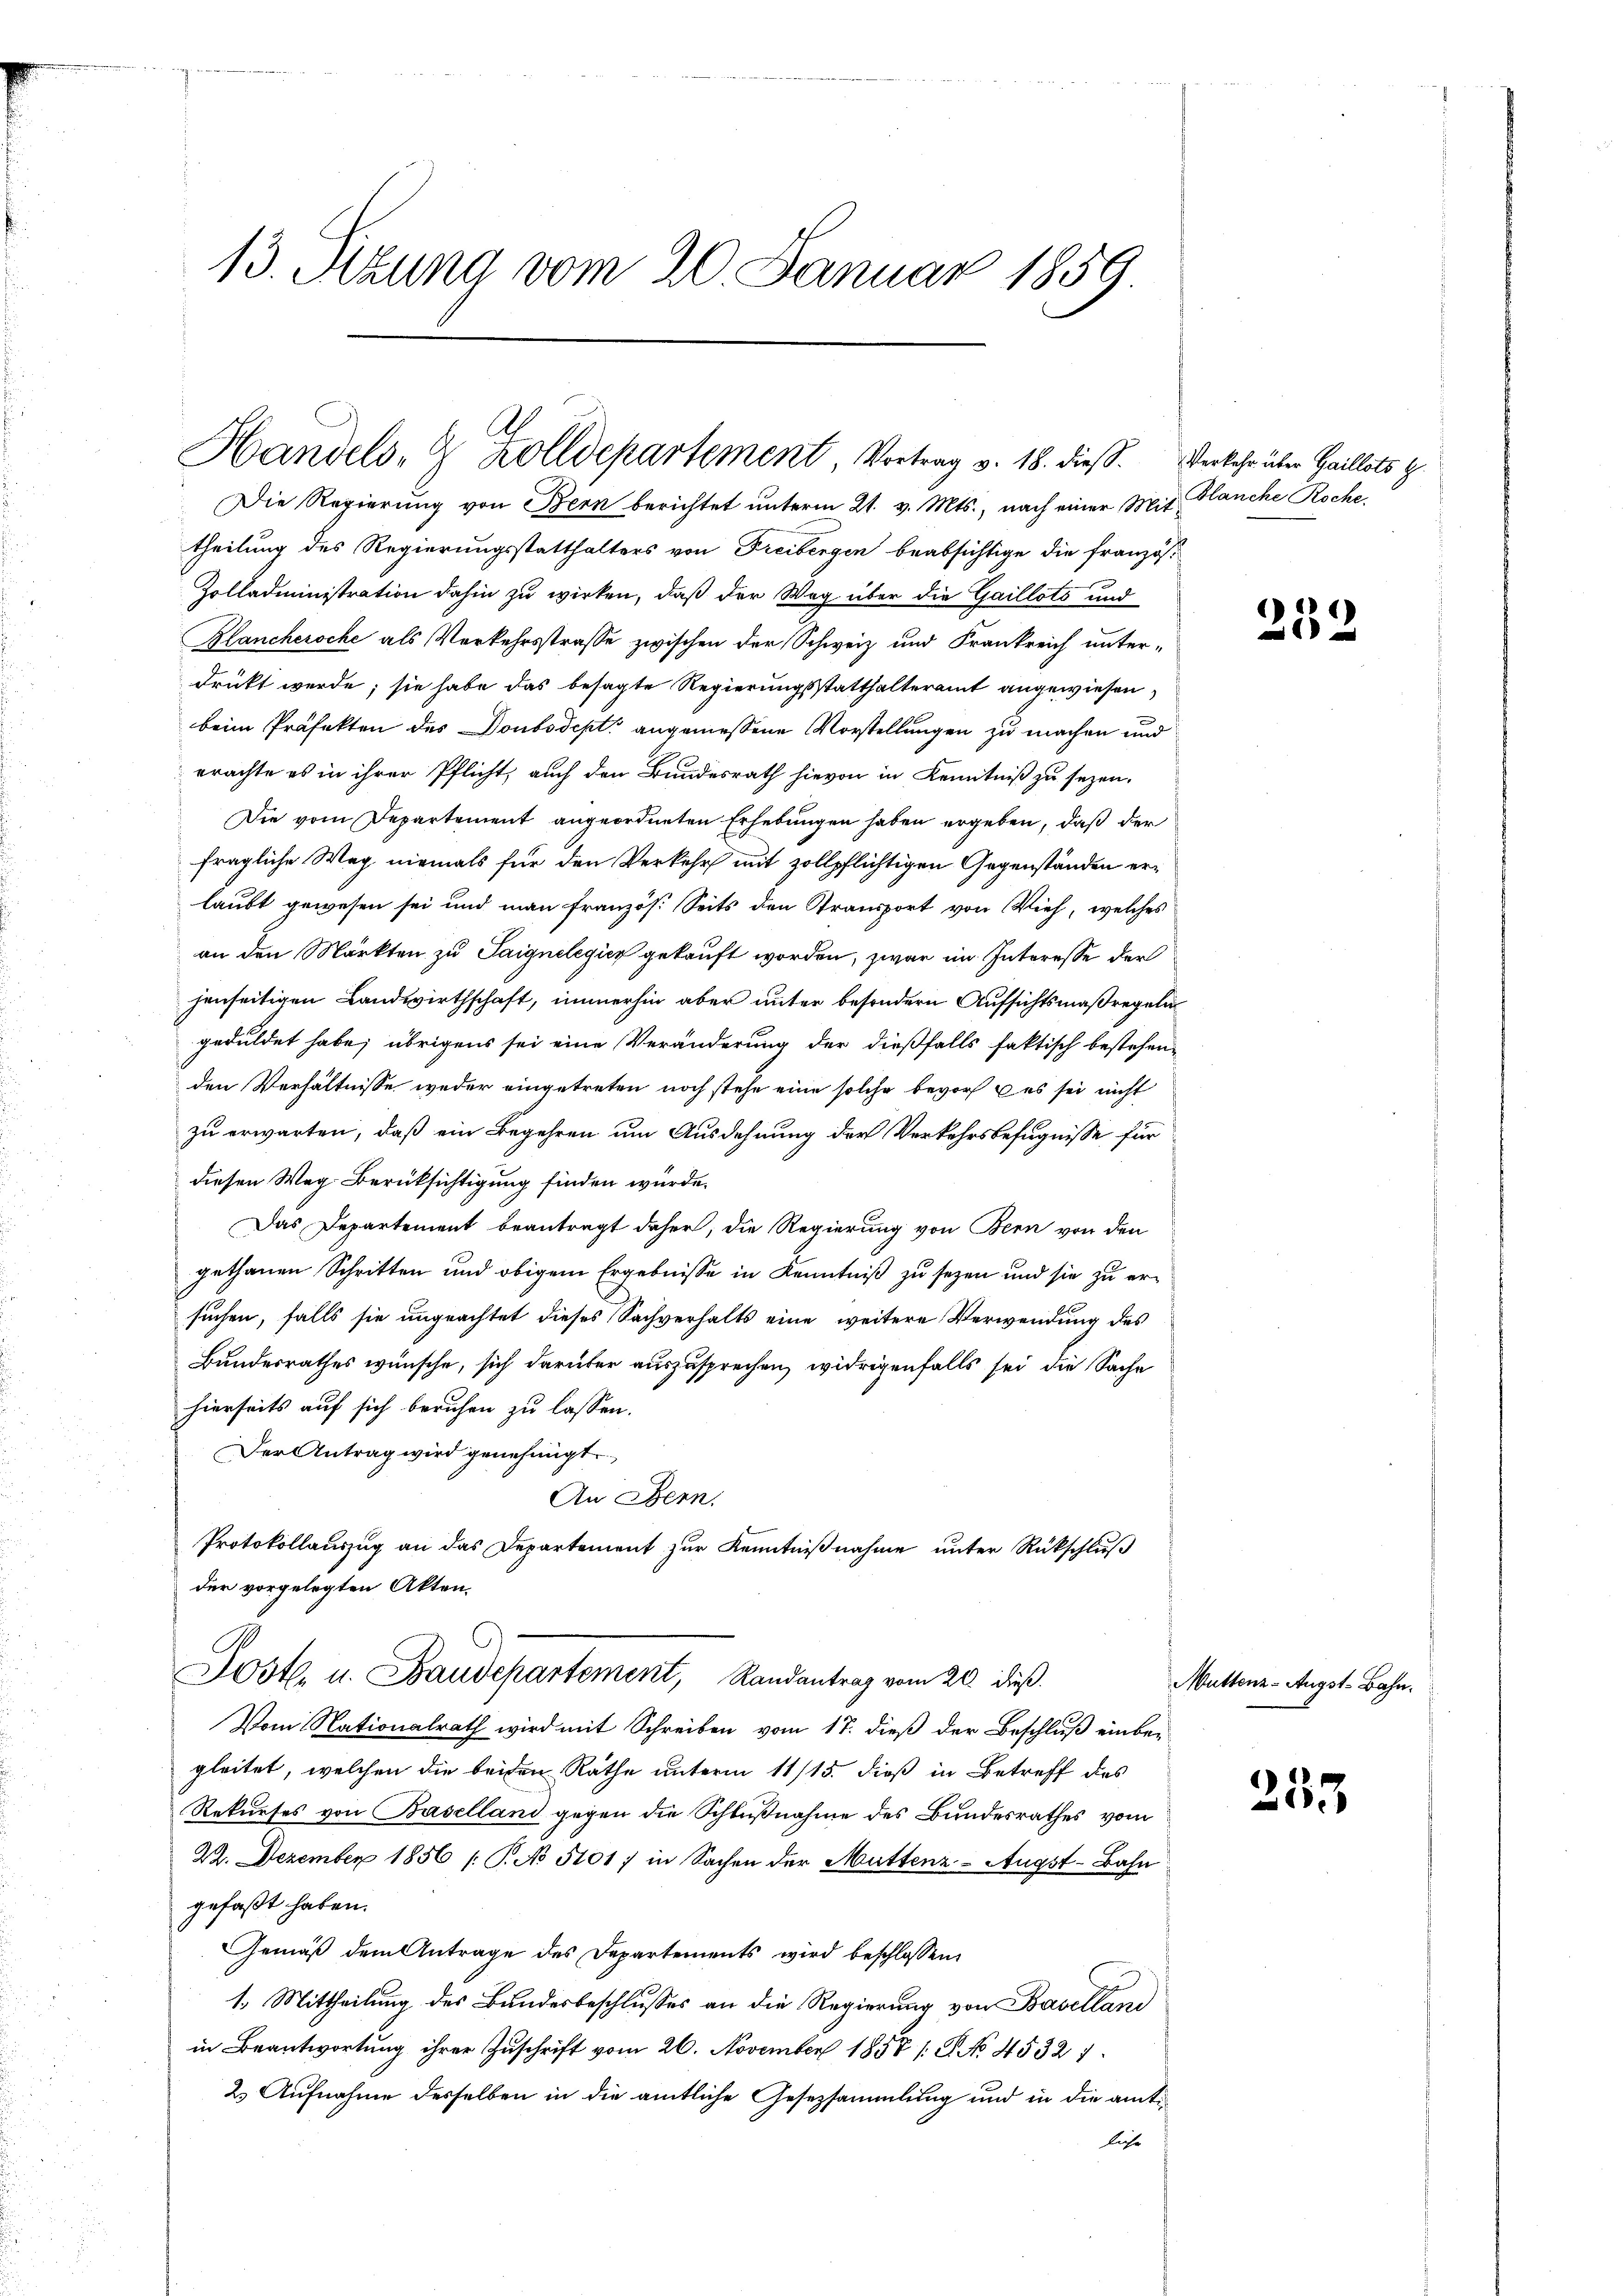
13. Sizung vom 20. Januar 1859

Handels- & Zolldepartement, Vortrag v. 18. dieß. Verkehr über Gaillots

Die Regierung von Bern berichtet unterm 21. v. Mts., nach einer Mit Glanche Roche,
theilung des Regierungsstatthalters von Freibergen beabsichtige die französ¬
Zolladministration dahin zu wirken, daß der Weg über die Gailloto und
Blanchersche als Verkehrsstrasse zwischen der Schweiz und Frankreich unterdruckt werde; sie habe das besagte Regierungsstatthalteramt angewiesen,
beim Präfekten des Doubodept angemessene Vorstellungen zu machen und
erachte es in ihrer Pflicht, auch den Bundesrath hievon in Kenntniß zu sezen.
Die vom Departement angeordneten Erhebungen haben ergeben, daß der
fragliche Weg niemals für den Verkehr mit zollpflichtigen Gegenständen erlaubt gewesen sei und man französ. Seits den Transport von Vieh, welches
an den Märkten zu Saignelegier gekauft worden, zwar im Interesse der
jenseitigen Landwirthschaft, immerhin aber unter besondern Aufsichtsmaßregeln
geduldet habe; übrigens sei eine Veränderung der dießfalls faktisch bestehen-
den Verhältnisse weder eingetreten noch stehe eine solche bevor es sei nicht
zu erwarten, daß ein Begehren um Ausdehnung der Verkehrsbefugnisse für
diesen Weg Berüksichtigung finden würde.
Das Departement beantragt daher, die Regierung von Bern von den
gethanen Schritten und obigem Ergebnisse in Kenntniß zu sezen und sie zu ersuchen, falls sie ungeachtet dieses Sachverhalts eine weitere Verwendung des
Bundesrathes wünsche, sich darüber auszusprechen, widrigenfalls sei die Sache
hierseits auf sich beruhen zu lassen.
Der Antrag wird genehmigt.
An Bern.
Protokollauszug an das Departement zur Kenntnißnahme unter Rückschluß
der vorgelegten Akten.
Post u. Fraudepartement, Randantrag vom 20. dieß.
Vom Nationalrath wird mit Schreiben vom 17. dieß der Beschluß einber
gleitet, welchen die beiden Rathe unterm 11/15. dieß in Betreff des
Rekurses von Baselland gegen die Schlußnahme des Bundesrathes vom
22. Dezember 1856 /: P. No 5101) in Sachen der Muttenz-Augst-Bahn
gefaßt haben.
Gemäß dem Antrage des Departements wird beschlossen:
1. Mittheilung des Bundesbeschlusses an die Regierung von Baselland
in Beantwortung ihrer Zuschrift vom 26. November 1858 s. S. No. 4532 1
2. Aufnahme desselben in die amtliche Gesezsammlung und in die amtiliehe

252

Muttenz-Angst-Bahn.

253